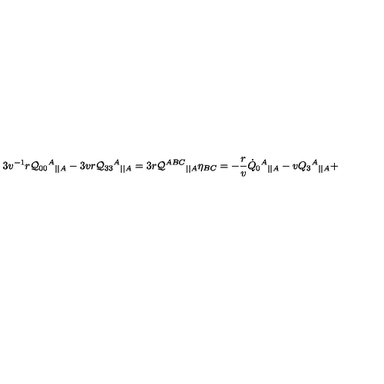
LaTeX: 3 v ^ { - 1 } r { \cal Q } _ { 0 0 } { ^ A } { _ { | | A } } - 3 v r { \cal Q } _ { 3 3 } { ^ A } { _ { | | A } } = 3 r { \cal Q } ^ { A B C } { _ { | | A } } \eta _ { B C } = - \frac r v \dot { Q } _ { 0 } { ^ A } { _ { | | A } } - v Q _ { 3 } { ^ A } { _ { | | A } } +